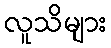
လူသိများ